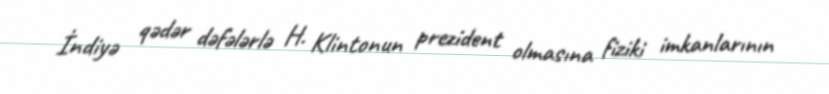
İndiyə qədər dəfələrlə H. Klintonun prezident olmasına fiziki imkanlarının